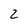
Character: 2